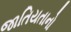
જાતિયતાનો